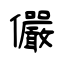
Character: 儼